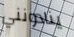
ينادونني